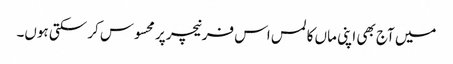
میں آج بھی اپنی ماں کا لمس اس فرنیچر پر محسوس کر سکتی ہوں۔